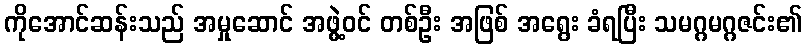
ကိုအောင်ဆန်းသည် အမှုဆောင် အဖွဲ့ဝင် တစ်ဦး အဖြစ် အရွေး ခံရပြီး သမဂ္ဂမဂ္ဂဇင်း၏